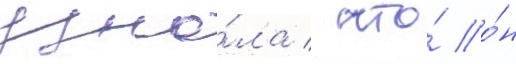
узна́ла / что́ о́н